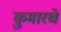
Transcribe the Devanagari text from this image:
कुमारचे